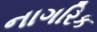
નાગરિક